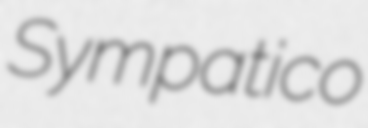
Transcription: Sympatico